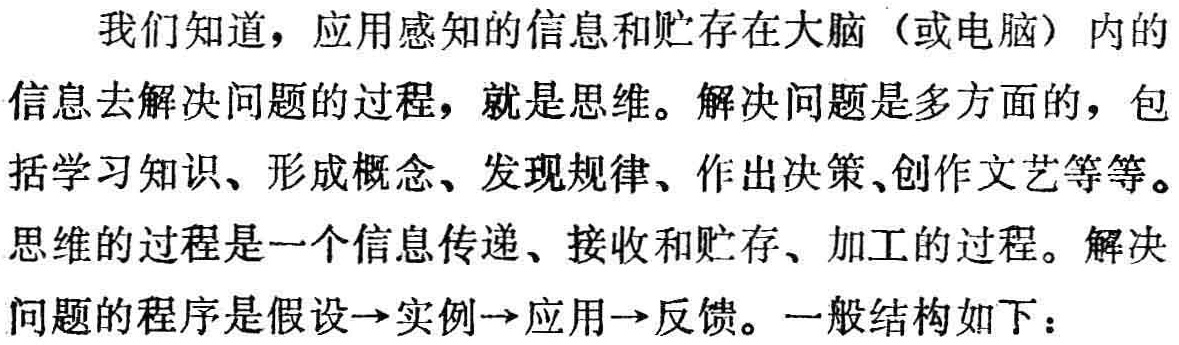
我们知道，应用感知的信息和贮存在大脑（或电脑）内的信息去解决问题的过程，就是思维。解决问题是多方面的，包括学习知识、形成概念、发现规律、作出决策、创作文艺等等。思维的过程是一个信息传递、接收和贮存、加工的过程。解决问题的程序是假设→实例→应用→反馈。一般结构如下：